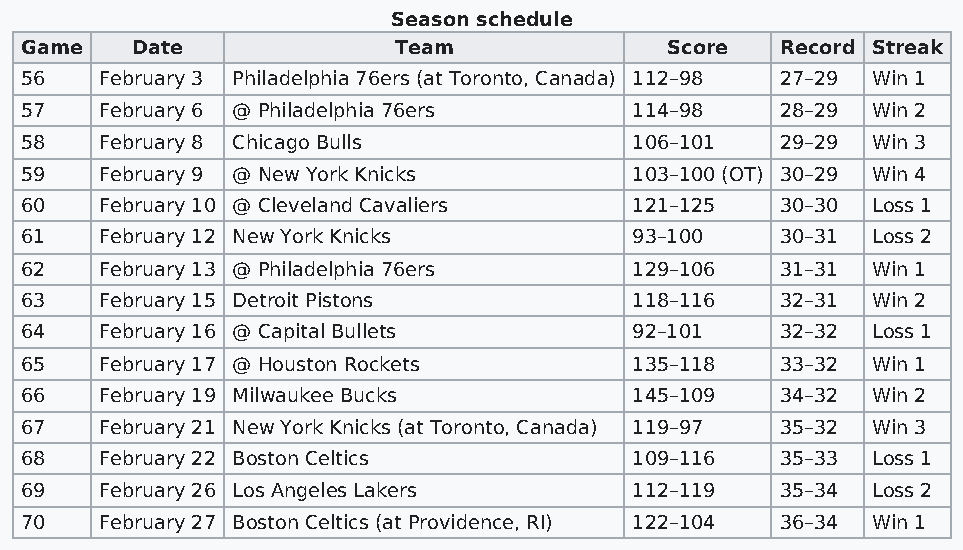
Season schedule
 Game    Date             Team              Score   Record Streak
 56    February 3 Philadelphia 76ers (at Toronto, Canada) 112–98 27–29 Win 1
 57    February 6 @ Philadelphia 76ers    114–98    28–29 Win 2
 58    February 8 Chicago Bulls           106–101   29–29 Win 3
 59    February 9 @ New York Knicks       103–100 (OT) 30–29 Win 4
 60    February 10 @ Cleveland Cavaliers  121–125   30–30 Loss 1
 61    February 12 New York Knicks        93–100    30–31 Loss 2
 62    February 13 @ Philadelphia 76ers   129–106   31–31 Win 1
 63    February 15 Detroit Pistons        118–116   32–31 Win 2
 64    February 16 @ Capital Bullets      92–101    32–32 Loss 1
 65    February 17 @ Houston Rockets      135–118   33–32 Win 1
 66    February 19 Milwaukee Bucks        145–109   34–32 Win 2
 67    February 21 New York Knicks (at Toronto, Canada) 119–97 35–32 Win 3
 68    February 22 Boston Celtics         109–116   35–33 Loss 1
 69    February 26 Los Angeles Lakers     112–119   35–34 Loss 2
 70    February 27 Boston Celtics (at Providence, RI) 122–104 36–34 Win 1